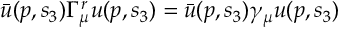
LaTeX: \bar { u } ( p , s _ { 3 } ) \Gamma _ { \mu } ^ { r } u ( p , s _ { 3 } ) = \bar { u } ( p , s _ { 3 } ) \gamma _ { \mu } u ( p , s _ { 3 } )